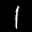
Label: 1